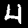
Label: 4